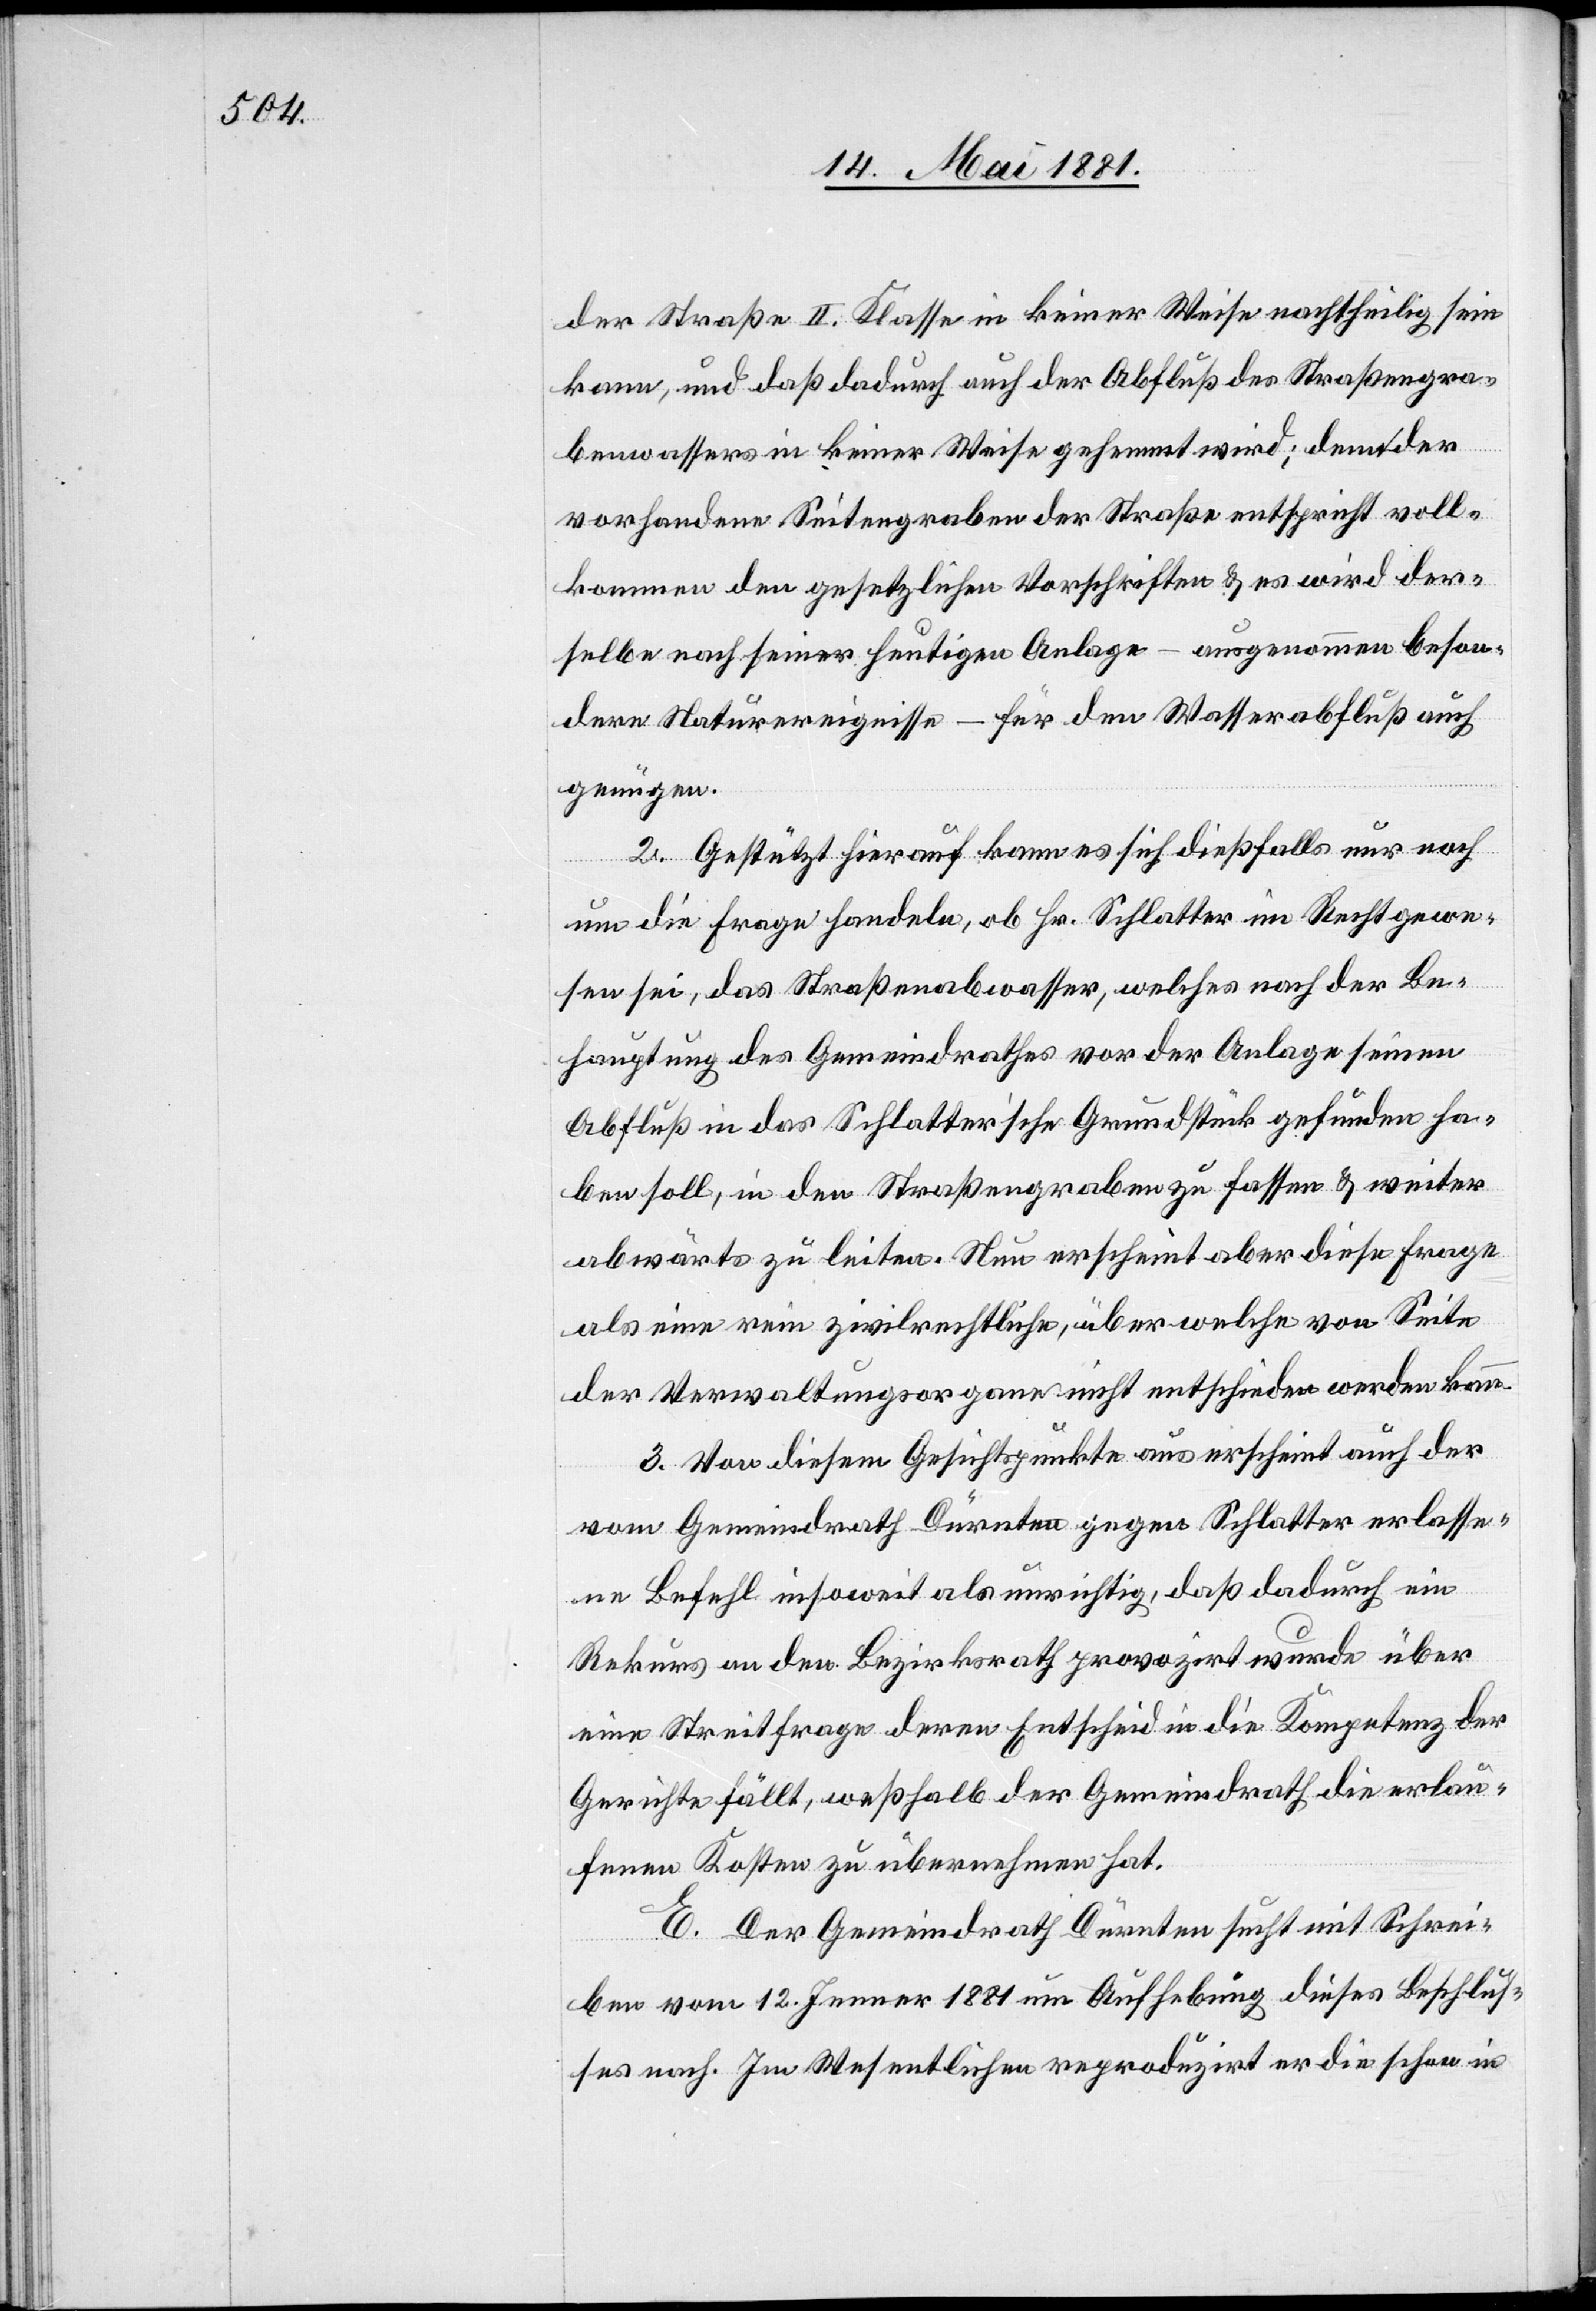
der Straße II. Klasse in keiner Weise nachtheilig sein
kann, und daß dadurch auch der Abfluß des Straßengra¬
benwassers in keiner Weise gehemmt wird; denn der
vorhandene Seitengraben der Straße entspricht voll¬
kommen den gesetzlichen Vorschriften & es wird der¬
selbe nach seiner heutigen Anlage – ausgenommen beson¬
dere Naturereignisse – für den Wasserabfluss auch
genügen.
2. Gestützt hierauf kann es sich dießfalls nur noch
um die Frage handeln, ob Hr. Schlatter im Recht gewe¬
sen sei, das Straßenabwasser, welches nach der Be¬
hauptung des Gemeindrathes vor der Anlage seinen
Abfluß in das Schlatter’sche Grundstück gefunden ha¬
ben soll, in den Straßengraben zu fassen & weiter
abwärts zu leiten. Nun erscheint aber diese Frage
als eine rein zivilrechtliche, über welche von Seite
der Verwaltungsorgane nicht entschieden werden kann.
2. Von diesem Gesichtspunkte aus erscheint auch der
vom Gemeindrath Dürnten gegen Schlatter erlasse¬
ne Befehl insoweit als unrichtig, daß dadurch ein
Rekurs an den Bezirksrath provozirt wurde über
eine Streitfrage deren Entscheid an die Kompetenz der
Gerichte fällt, weßhalb der Gemeindrath die erlau¬
fenen Kosten zu übernehmen hat.
E. Der Gemeindrath Dürnten sucht mit Schrei¬
ben vom 12. Jenner 1881 um Aufhebung dieses Beschlus¬
ses nach. Im Wesentlichen reproduzirt er die schon in